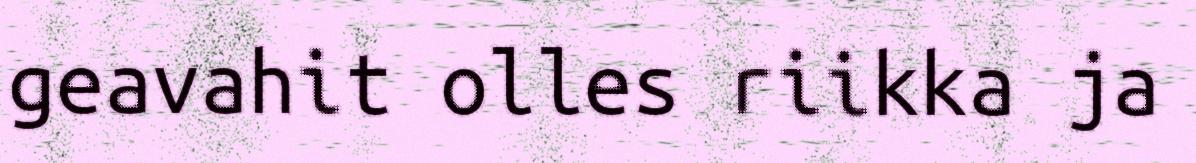
geavahit olles riikka ja